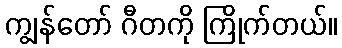
ကျွန်တော် ဂီတကို ကြိုက်တယ်။